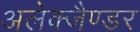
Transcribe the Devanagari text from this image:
अलेक्जैण्डर